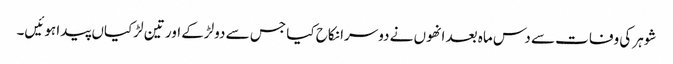
شوہر کی وفات سے دس ماہ بعد انھوں نے دوسرا نکاح کیا جس سے دولڑکے اور تین لڑکیاں پیدا ہوئیں۔